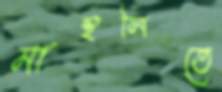
মান্থলিতে